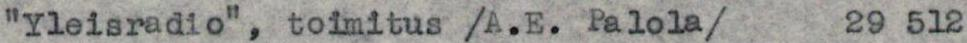
"Yleisradio", toimitus /A.E. Palola/ 29 512